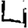
Digit: 4